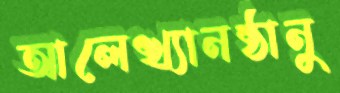
আলেখ্যানষ্ঠানু